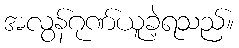
အလွန်ဂုဏ်ယူခဲ့ရသည်။